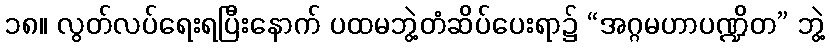
၁၈။ လွတ်လပ်ရေးရပြီးနောက် ပထမဘွဲ့တံဆိပ်ပေးရာ၌ “အဂ္ဂမဟာပဏ္ဍိတ” ဘွဲ့